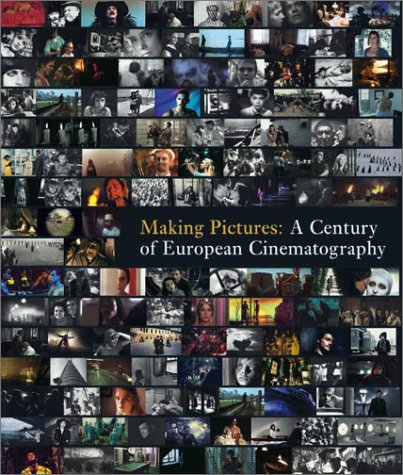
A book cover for Making Pictures: A Century of European Cinematography; Arts & Photography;